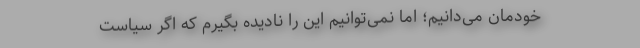
خودمان می‌دانیم؛ اما نمی‌توانیم این را نادیده بگیرم که اگر سیاست‌